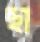
ছা